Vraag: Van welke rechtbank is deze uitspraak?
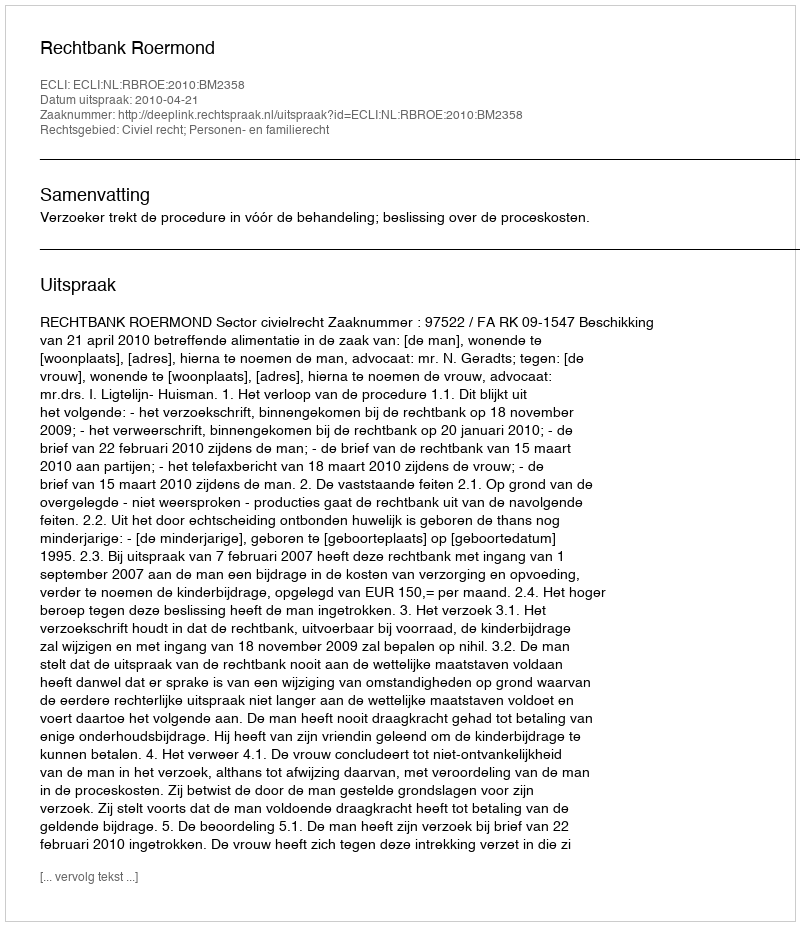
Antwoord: Rechtbank Roermond